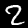
Digit: 2